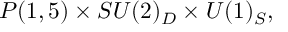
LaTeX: P ( 1 , 5 ) \times S U ( 2 ) _ { D } \times U ( 1 ) _ { S } ,